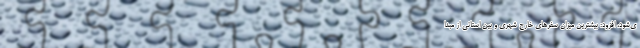
ی‌شود، افزود: بیشترین میزان سفرهای خارج شهری و بین استانی از مبدا